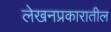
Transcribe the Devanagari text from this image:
लेखनप्रकारातील